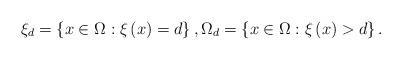
LaTeX: \begin{align*}\xi _{d}=\left\{ x\in \Omega :\xi \left( x\right) =d\right\} ,\Omega_{d}=\left\{ x\in \Omega :\xi \left( x\right) >d\right\} . \end{align*}